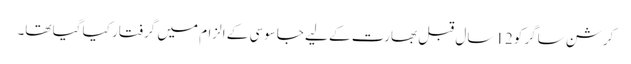
کرشن ساگر کو12 سال قبل بھارت کے لیے جاسوسی کے الزام میں گرفتار کیا گیا تھا۔